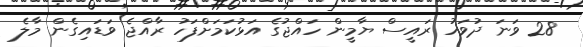
28 ވަނަ ދުވަހު ރައީސް ޔާމީން ހައްޖުގެ އަޅުކަމަށްފަހު ރާއްޖެ ވަޑައިގެން މާލެ